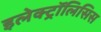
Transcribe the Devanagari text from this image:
इलेक्ट्रॉलिसिस